Civil Veterinary Dept. Assam report 1927-50 - 1927-1950
Year: 1927
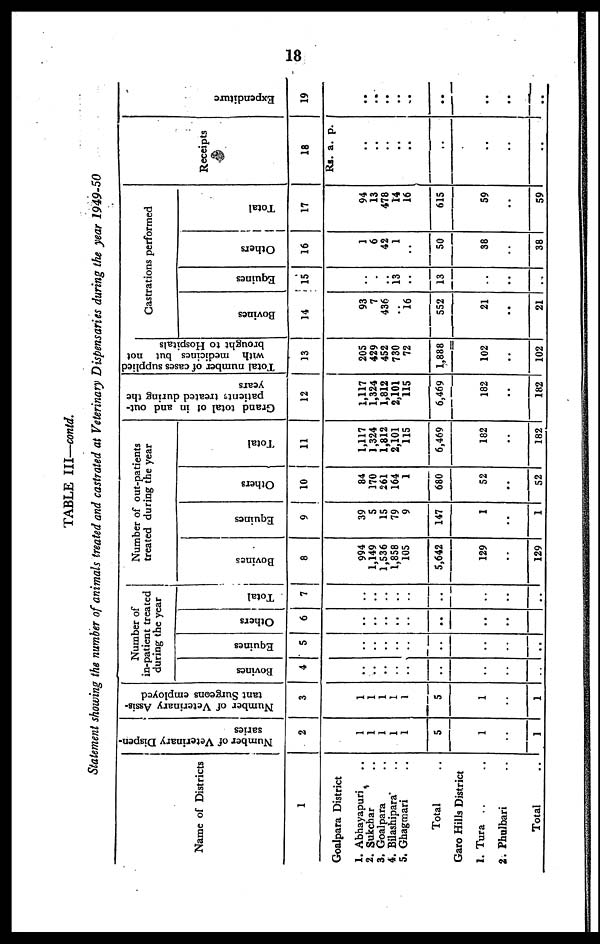
18
TABLE III—contd.
Statement showing the number of animals treated and castrated at Veterinary Dispensaries during the year 1949-50
Name of Districts
1
Goalpara District
1. Abhayapuri ..
2. Sukchar ..
3. Goalpara ..
4. Bilashipara ..
5. Ghagmari ..
Total ..
Garo Hills District
1. Tura .. ..
2. Phulbari ..
Total ..
Number of Veterinary Dispen-
saries
2
1
1
1
1
1
5
1
..
1
Number of Veterinary Assis-
tant Surgeons employed
3
1
1
1
1
1
5
1
..
1
Number of
in-patient treated
during the year
Bovines
4
..
..
..
..
..
..
..
..
..
Equines
5
..
..
..
..
..
..
..
..
..
Others
6
..
..
..
..
..
..
..
..
..
Total
7
..
..
..
..
..
..
..
..
..
Number of out-patients
treated during the year
Bovines
8
994
1,149
1,536
1,858
105
5,642
129
..
129
Equines
9
39
5
15
79
9
147
1
..
1
Others
10
84
170
261
164
1
680
52
..
52
Total
11
1,117
1,324
1,812
2,101
115
6,469
182
..
182
Grand total of in and out-
patients
treated during the
years
12
1,117
1,324
1,812
2,101
115
6,469
182
..
182
Total number of cases supplied
with medicines but not
brought to Hospitals
13
205
429
452
730
72
1,888
102
..
102
Castrations performed
Bovines
14
93
7
436
..
16
552
21
..
21
Equines
15
..
..
..
13
..
13
..
..
..
Others
16
1
6
42
1
..
50
38
..
38
Total
17
94
13
478
14
16
615
59
..
59
Receipts
18
Rs.
..
..
..
..
..
..
..
..
..
a. p.
Expenditure
19
..
..
..
..
..
..
..
..
..